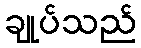
ချုပ်သည်